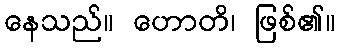
နေသည်။ ဟောတိ၊ ဖြစ်၏။